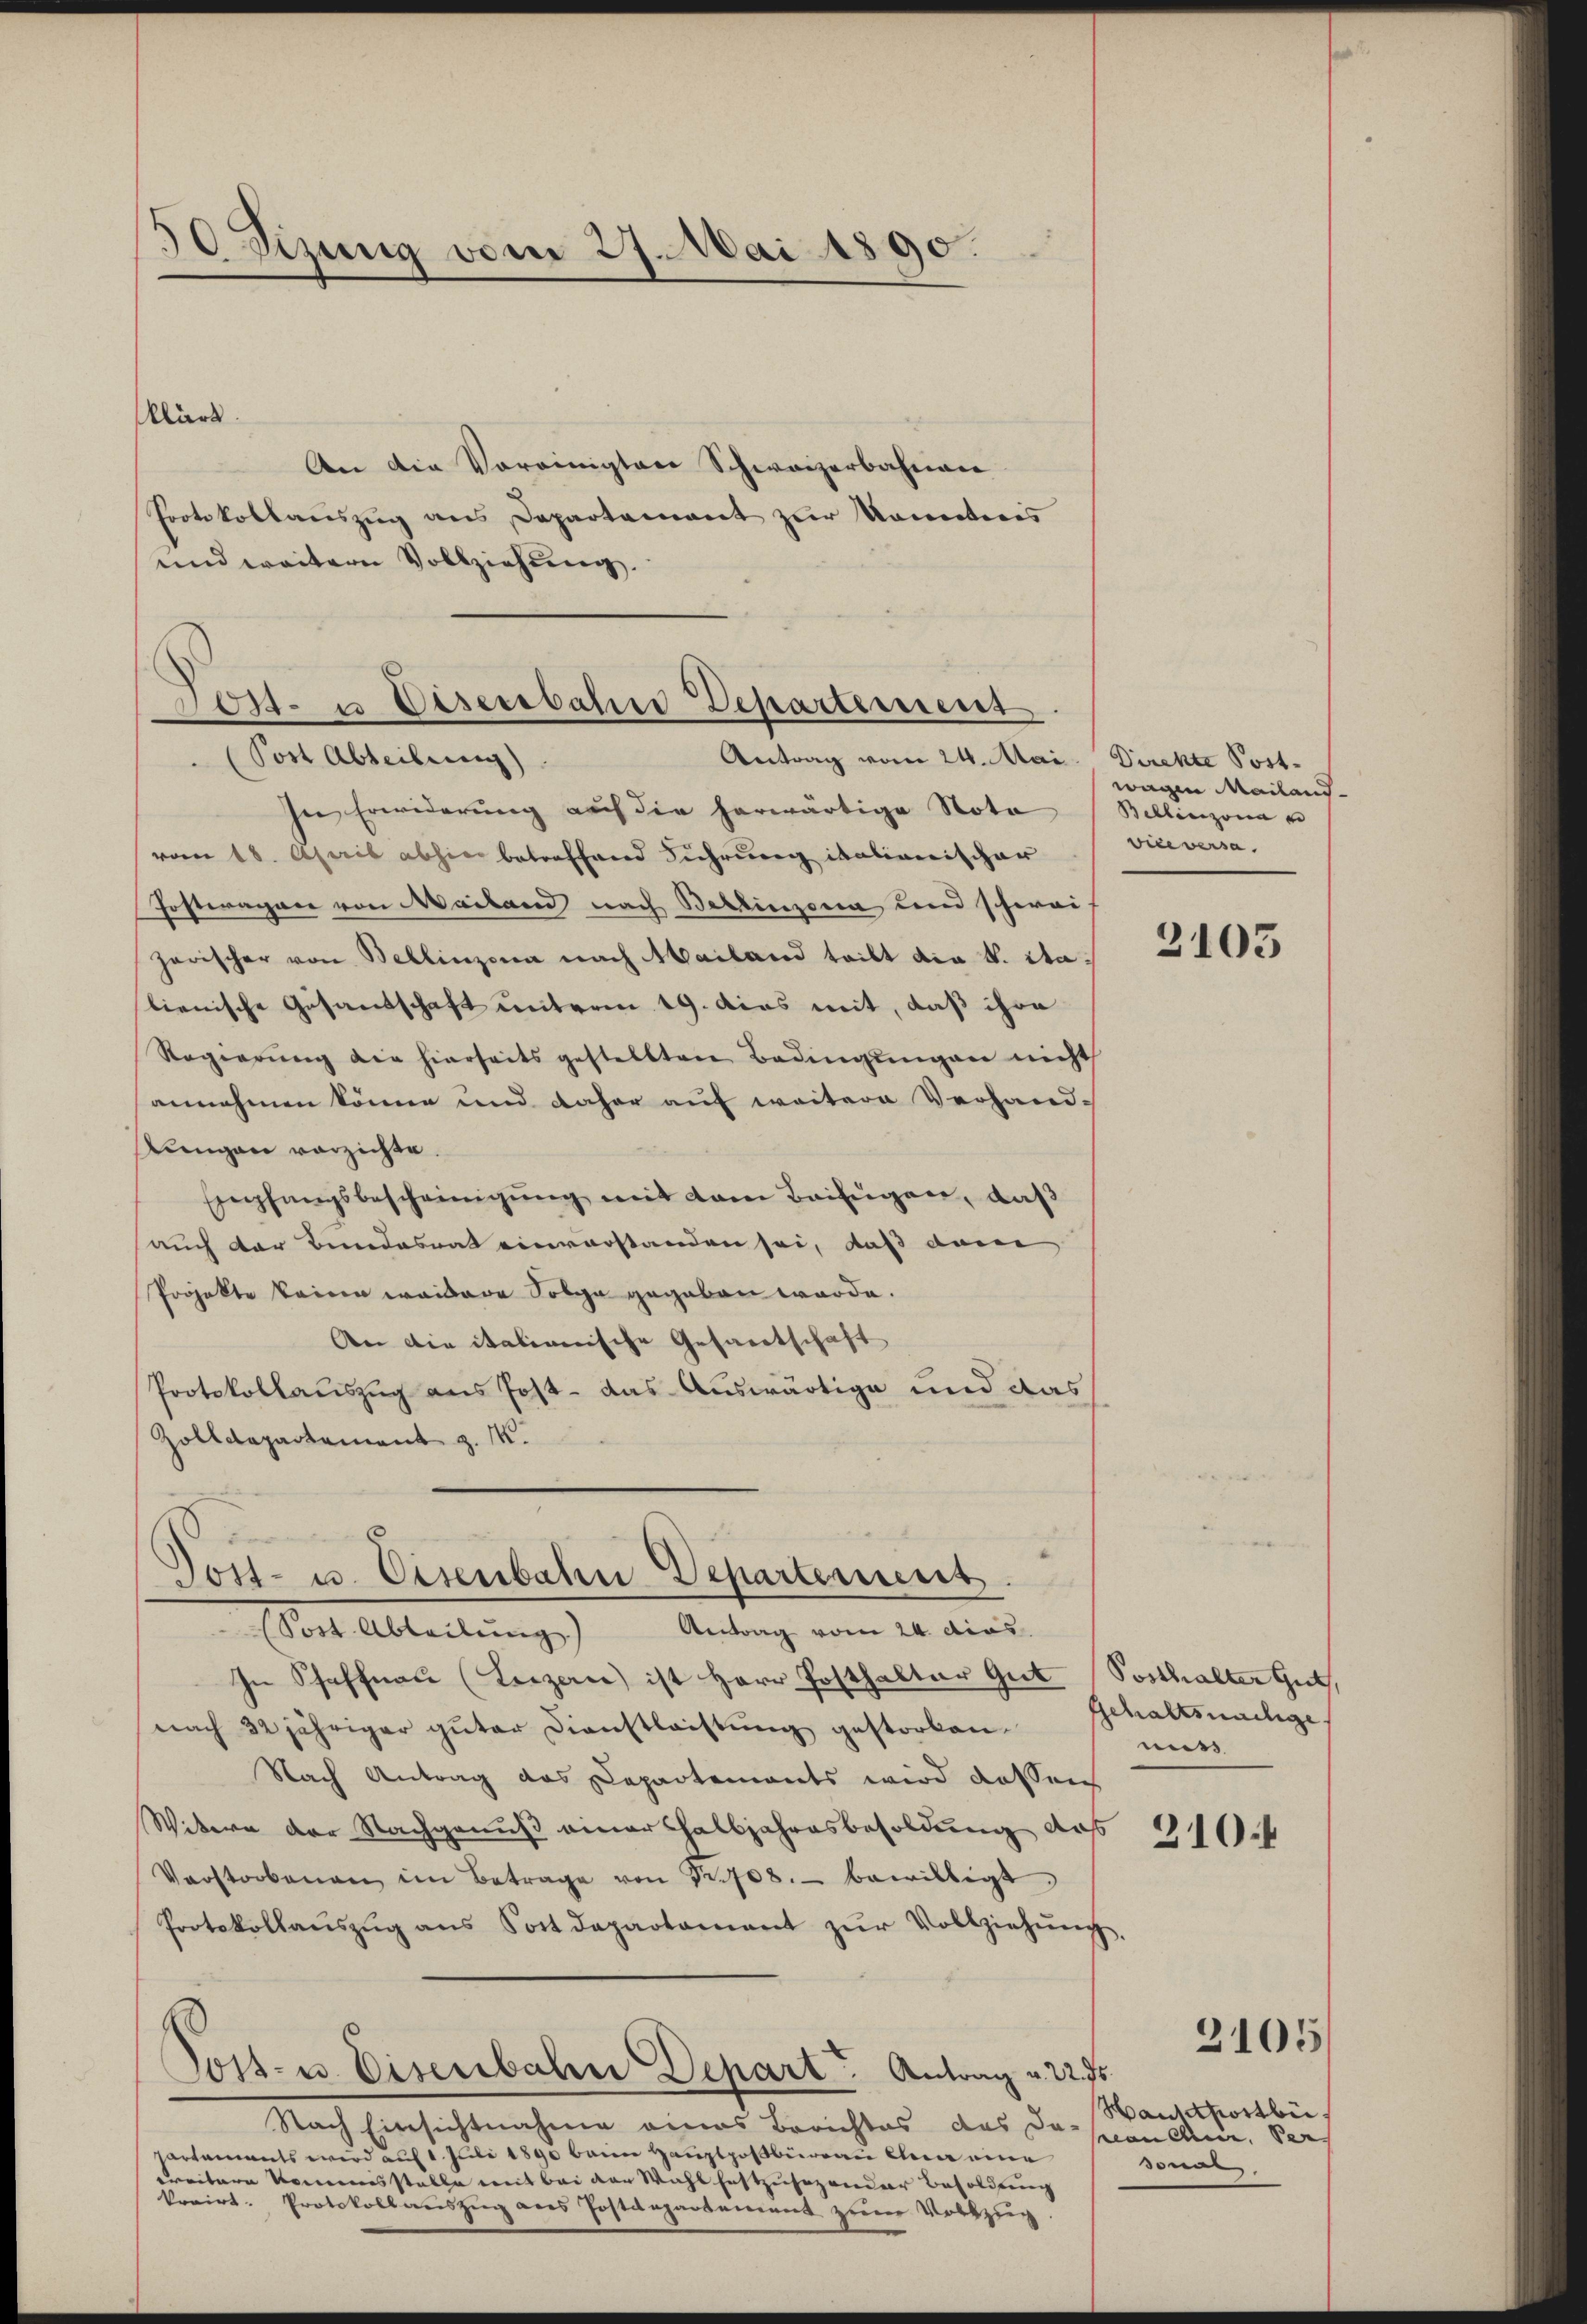
¬
Sizung vom 27. Mai 1890.

klärt.
An die Voreinigten Schweizerbahnen
Protokollauszug aus Departement zur Kontinis
und weitere Vollziehung.

Forst- u Deserbahre Departement.
Post Abteilung)
Antrag vom 24. Mai. Direkte Post¬

In Erwiderŭng auf die herwärtige Nota (Billinzona u
vom 18. April abhin betreffend Führung italienischer
Posteragone von Mailand nach Bellinzona und schwei
harischer von Bellinzona nach Mailand teilt die v. Stalienische Gesandschaft unterm 19. das mit, daß ihre
Regierŭng die hierseits gestellten Bedingŭngen nicht
annehmen könne und daher auf weitere Verhand-
Lungen verzichte.
Empfangsbescheinigŭng mit dem Beifügen, daß
auch der Bundesrat einverstanden sei, daß dann
Projekte keine weitere Folge gegeben werde.
An die italienische Gesandtschaft
Protokollauszug aus Jost - das Auswärtige und das
Zolldepartement z. M.
Tost- u. Eisenbahn Departement.
Antrag vom 24. dies
Mit Abteilung
In Schaffnau (Luzern) ist Herr Posthalter Gut Posthalter Gut,
nach 32 jähriger güter Dienstleistŭng gestorben.
Nach Antrag das Departements wird dassen
Witere der Nachgenuß einer Halbjahresbesoldung das
Verstorbenen im Betrage von Nr. 708. bewilligt
Protokollaŭszŭg ans Postdepartament zŭr Vollziehŭng,
Post- u. Eisenbahn Depart. Antrag u. 22 fr.
Nach Einsichtnahme eines Berichtes, das da-
Partements wird auf 1. Juli 1890 beim Hauptpostbüreau ein eine
Creitere Kommisstelle mit bei der Wahl festzusehender Besoldung
korirt. Protokollauszug aus Postdepartement zum Vollzug

wagen Mailandviceversa

3105

Gehaltsnachge
mits

210.4

2105

Hantthortbi
scon curir, der
sonar,